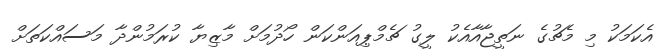
އެކަމަކު މި މެޗުގެ ނަތީޖާއާއެކު ލީގު ޗެމްޕިއަންކަން ހޯދުމަށް މާޒިޔާ ކުރަމުންދާ މަސައްކަތަށް